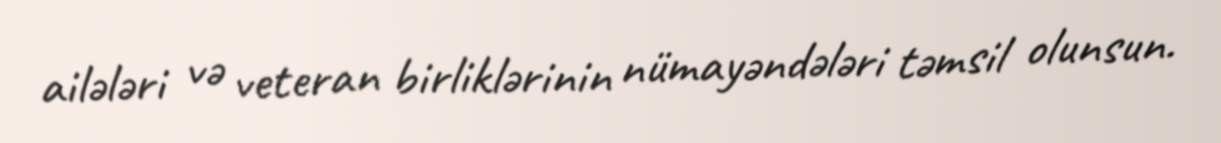
ailələri və veteran birliklərinin nümayəndələri təmsil olunsun.